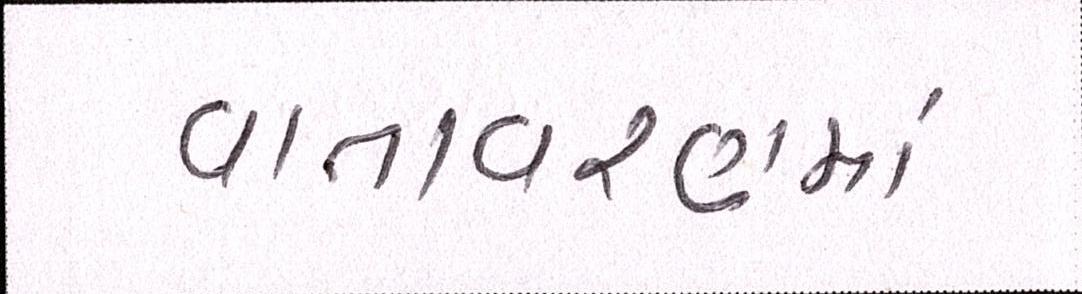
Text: વાતવરણમાં